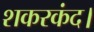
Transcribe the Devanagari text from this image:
शकरकंद।